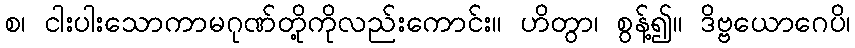
စ၊ ငါးပါးသောကာမဂုဏ်တို့ကိုလည်းကောင်း။ ဟိတွာ၊ စွန့်၍။ ဒိဗ္ဗယောဂေပိ၊